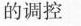
的调控